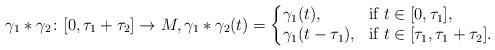
LaTeX: \begin{align*}\gamma_1*\gamma_2\colon [0,\tau_1+\tau_2]\to M,\gamma_1*\gamma_2(t)=\left\{ \begin{array}{@{}ll} \gamma_1(t), & \mbox{if }t\in[0,\tau_1], \\ \gamma_1(t-\tau_1), & \mbox{if }t\in[\tau_1,\tau_1+\tau_2]. \end{array}\right.\end{align*}